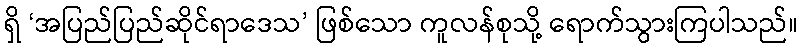
ရှိ ‘အပြည်ပြည်ဆိုင်ရာဒေသ’ ဖြစ်သော ကူလန်စုသို့ ရောက်သွားကြပါသည်။